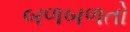
બળબળતો